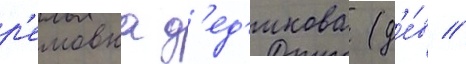
р'емовна д'ед'икова (д'е́в //